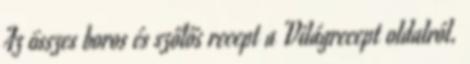
Az összes boros és szőlős recept a Világrecept oldalról.